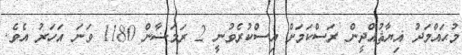
މުޙައްމަދު ޣިޔާޘުއްދީން ރަސްކަމަށް އިސްކުރެވުނީ 2 ރަމަޟާން 1180 ވަނަ އަހަރު އެވެ.